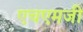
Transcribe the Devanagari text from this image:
एचएमजी